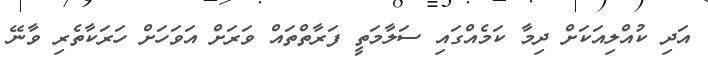
އަދި ކުއްލިއަކަށް ދިމާ ކަމެއްގައި ސަލާމަތީ ފަރާތްތައް ވަރަށް އަވަހަށް ހަރަކާތެރި ވާނޭ